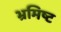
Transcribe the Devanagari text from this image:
भ्रमिष्ट